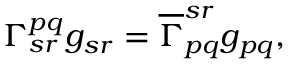
\Gamma _ { s r } ^ { p q } g _ { s r } = \overline { { { \Gamma } } } _ { p q } ^ { s r } g _ { p q } ,